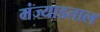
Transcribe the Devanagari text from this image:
मंज्याडताल